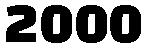
2000